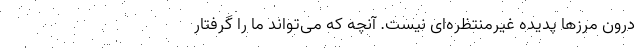
درون مرزها پدیده غیرمنتظره‌ای نیست. آنچه که می‌تواند ما را گرفتار